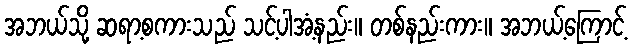
အဘယ်သို့ ဆရာ့စကားသည် သင့်ပါအံ့နည်း။ တစ်နည်းကား။ အဘယ့်ကြောင့်